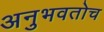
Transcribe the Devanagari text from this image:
अनुभवतोच